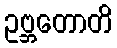
ဥဗ္ဘတောတိ